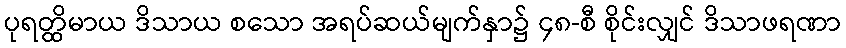
ပုရတ္ထိမာယ ဒိသာယ စသော အရပ်ဆယ်မျက်နှာ၌ ၄၈-စီ စိုင်းလျှင် ဒိသာဖရဏာ